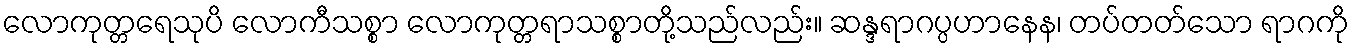
လောကုတ္တရေသုပိ လောကီသစ္စာ လောကုတ္တရာသစ္စာတို့သည်လည်း။ ဆန္ဒရာဂပ္ပဟာနေန၊ တပ်တတ်သော ရာဂကို